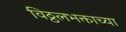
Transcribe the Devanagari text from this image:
विठ्ठलभक्ताच्या